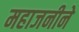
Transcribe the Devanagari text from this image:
महाजनीने